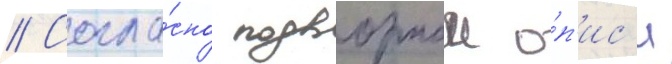
// Согла́сно подворнои о́п'ис'и